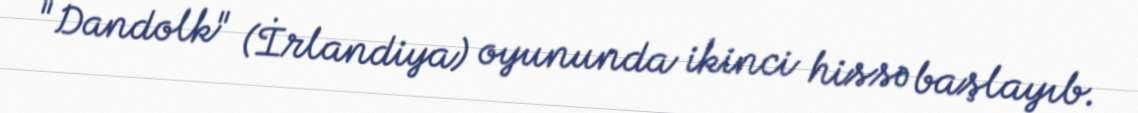
"Dandolk" (İrlandiya) oyununda ikinci hissə başlayıb.